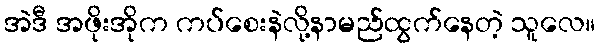
အဲဒီ အဖိုးအိုက ကပ်စေးနဲလို့နာမည်ထွက်နေတဲ့ သူလေ။